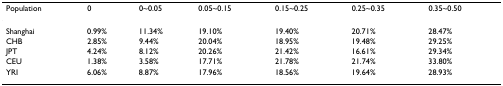
| Population | 0 | 0~0.05 | 0.05~0.15 | 0.15~0.25 | 0.25~0.35 | 0.35~0.50 |
 | --- | --- | --- | --- | --- | --- | --- |
 | Shanghai | 0.99% | 11.34% | 19.10% | 19.40% | 20.71% | 28.47% |
 | CHB | 2.85% | 9.44% | 20.04% | 18.95% | 19.48% | 29.25% |
 | JPT | 4.24% | 8.12% | 20.26% | 21.42% | 16.61% | 29.34% |
 | CEU | 1.38% | 3.58% | 17.71% | 21.78% | 21.74% | 33.80% |
 | YRI | 6.06% | 8.87% | 17.96% | 18.56% | 19.64% | 28.93% |